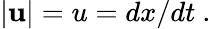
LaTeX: \mathbf{|u|}=u=dx/dt\ .